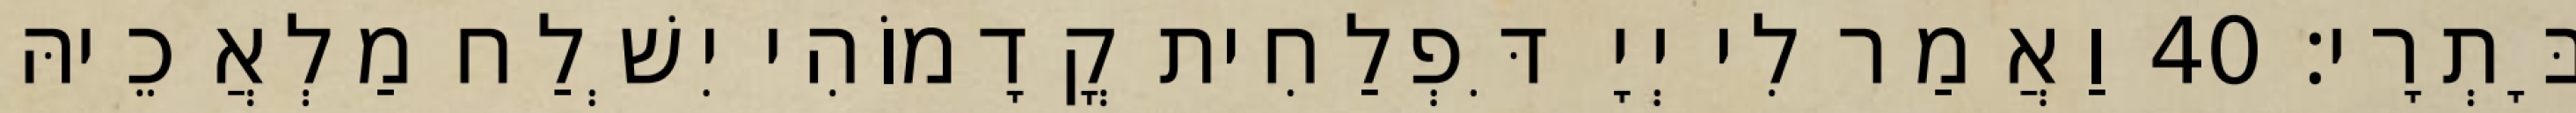
בָּתְרָי׃ 40 וַאֲמַר לִי יְיָ דִּפְלַחִית קֳדָמוֹהִי יִשְׁלַח מַלְאֲכֵיהּ